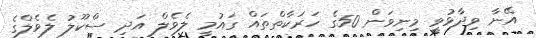
އޭނާ ވިދާޅުވީ މިނިވަން 50ގެ ހަރަކާތްތައް ގައުމީ ލެވެލް އަދި ސްކޫލު ލެވެލްގެ